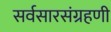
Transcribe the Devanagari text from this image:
सर्वसारसंग्रहणी